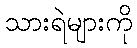
သားရဲများကို